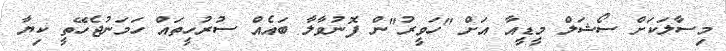
މިސާލަކަށް ސޯޝަލް މީޑީއާ އަށް "ހަވީރު"ން ފޮނުވާލާ ބައެއް ސުރުހީތައް ހަމަނުޖެހޭތީ ކިޔާ